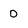
Character: D